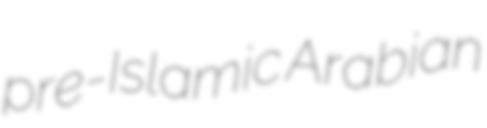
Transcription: pre-Islamic Arabian